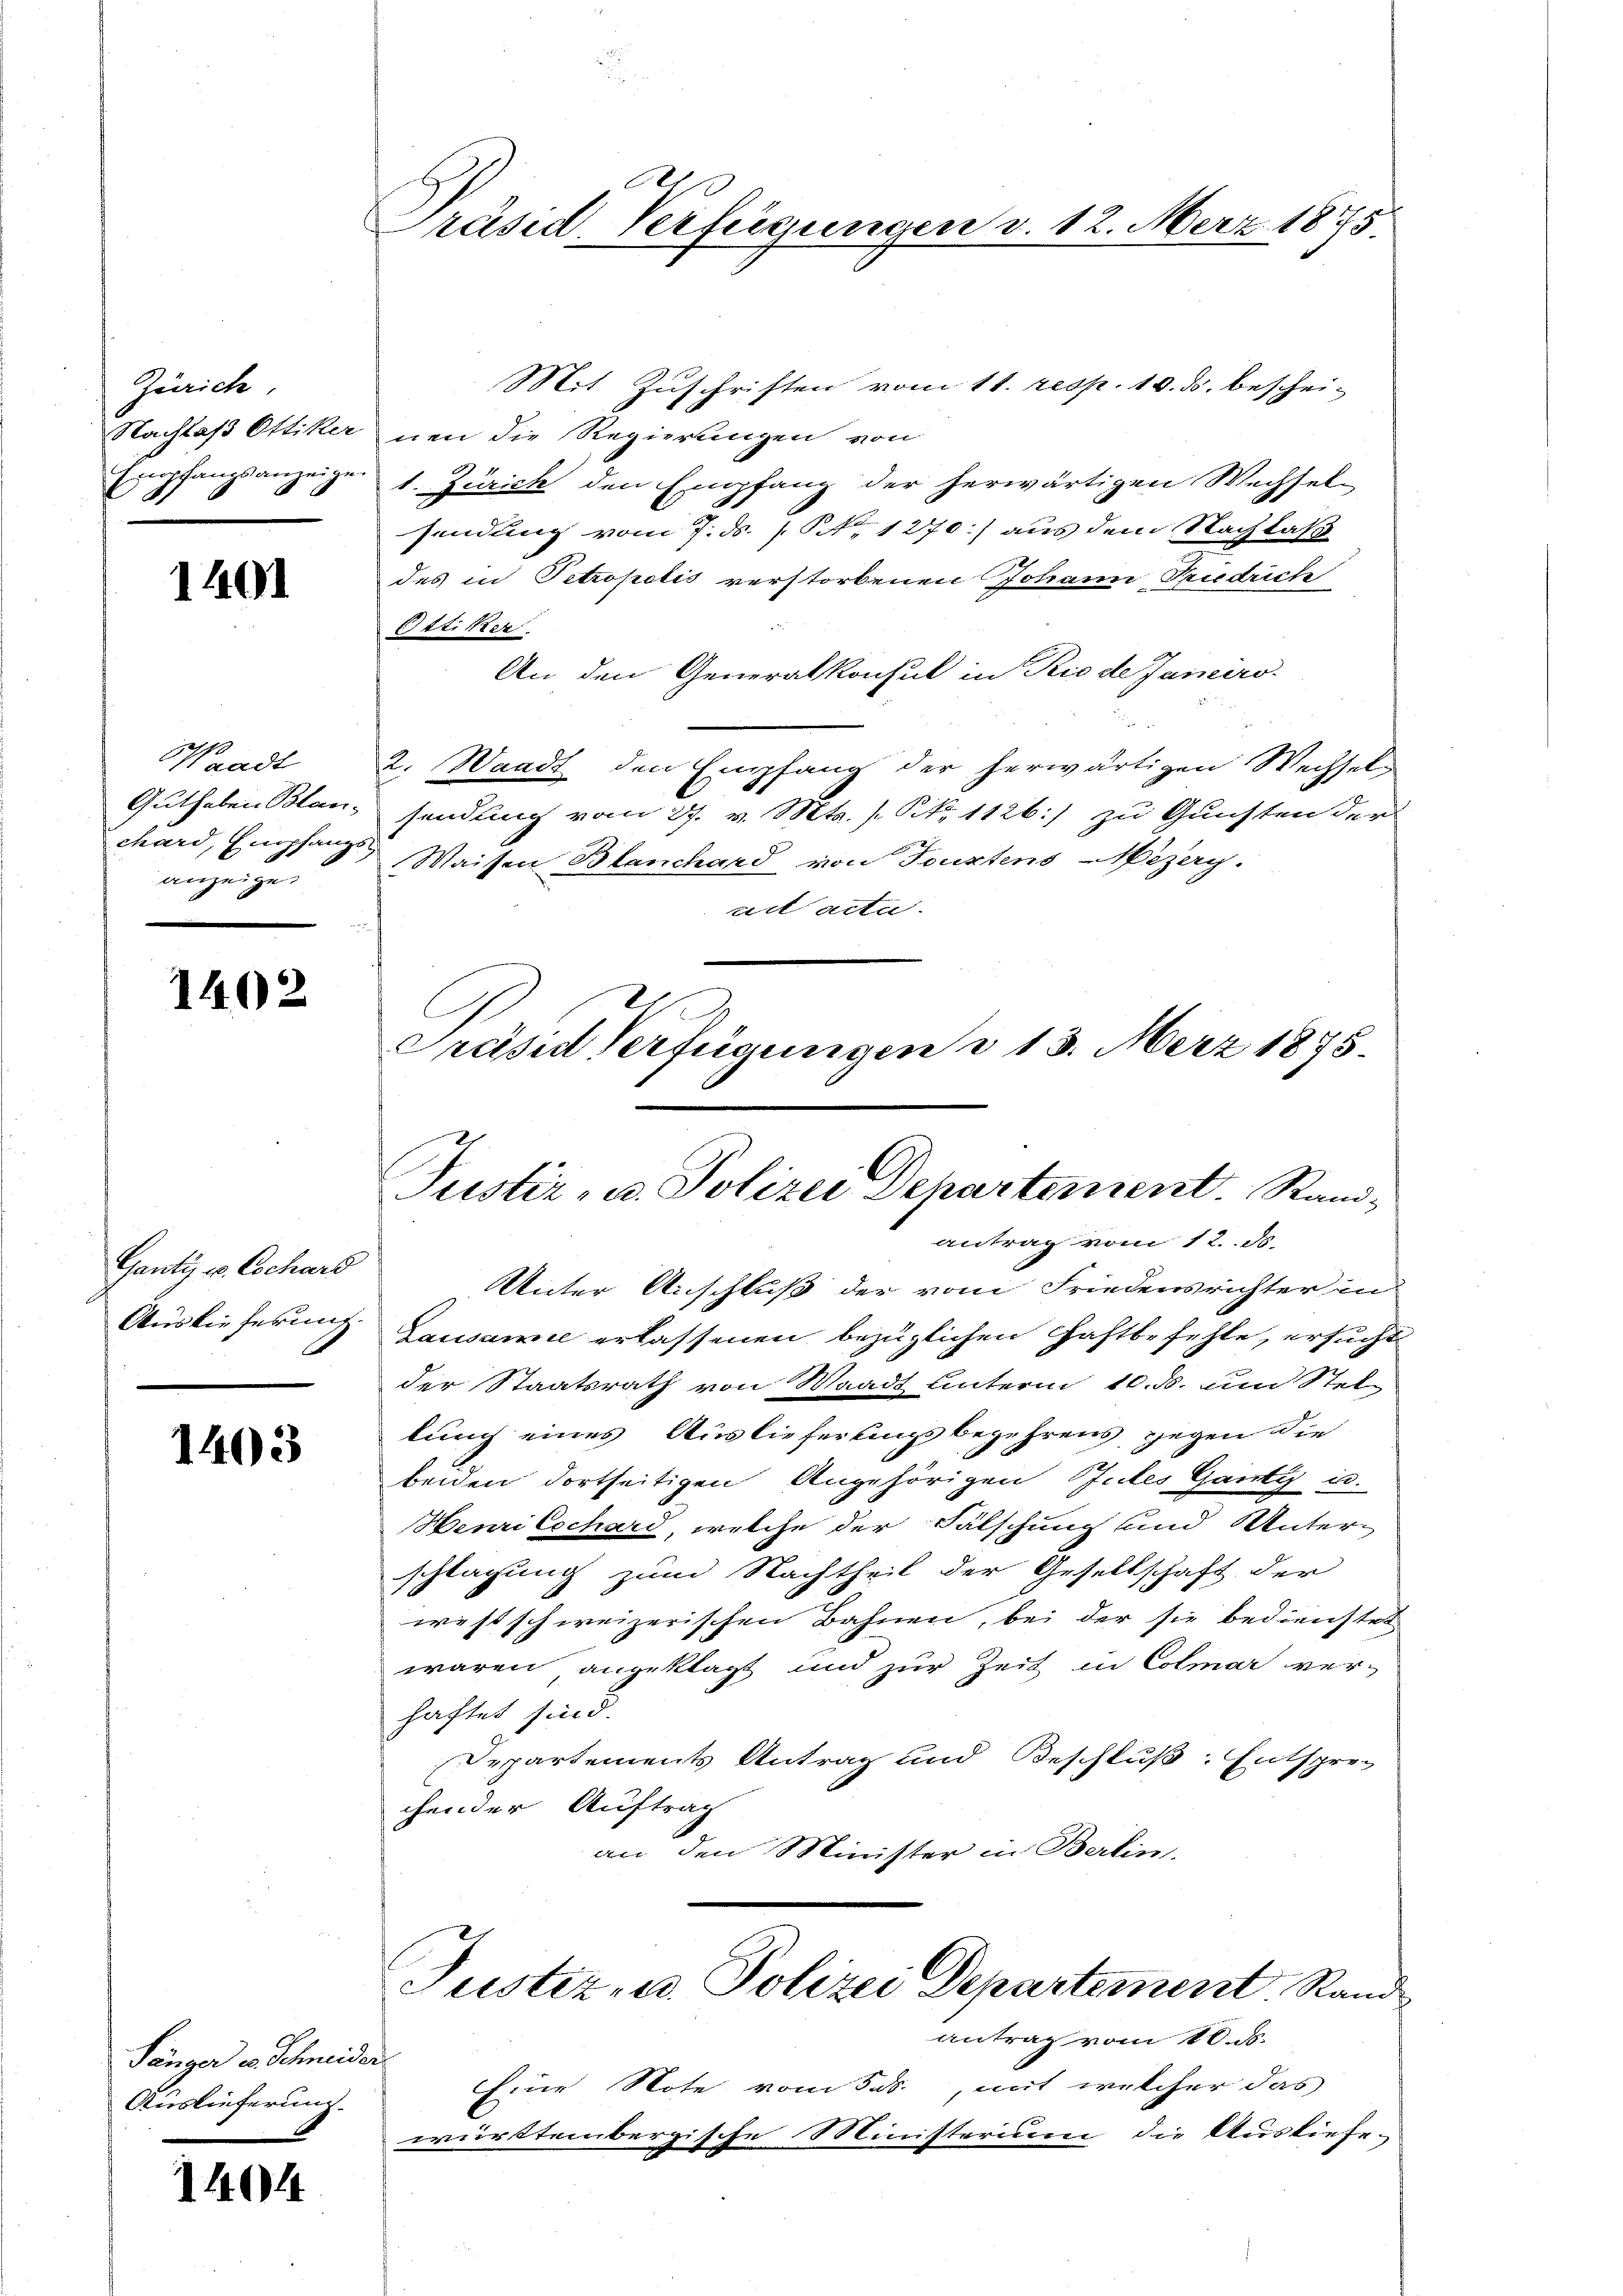
Zürich
Nachlaß Ottiker
Empfangsanzeige

1401

Waadt
Guthaben Blanchard, Empfang.
anzeige.

1402

Gantz v. Eschard
Auslieferung.

1403

Sänger v. Schneider
Auslieferung.

1404

Präsid. Verfügungen v. 12. März 1875

Mit Zuschriften vom 11. resp. 10. ds. bescheinen die Regierungen von
t. Zürich den Empfang der herwärtigen Wechsel-
sendung vom 7. ds. S. 1270) aus dem Nachlas
des in Petropolis verstorbenen Johann Friedrich
Ottiker
An den Generalkonsul in Rio de Janeiro-
2. Waadt den Empfang der herwärtigen Wechsel
sendung vom 27. v. Mts. (N. 1126.) zu Gunsten der
 Waisen Blanchard von Touxtens Mezey.
ad acta.
antrag vom 12. ds.
Unter Anschluß der vom Friedensrichter in
Lausanne erlassenen bezüglichen Haftbefehle, ersucht
der Staatsrath von Waadt unterm 10. ds. um Stel-
lung eines Auslieferlingsbegehrens gegen die
beiden dortseitigen Angehörigen Gutes Ganty un
Henrieschard, welche der Fälschung und Unterschlagung zum Nachtheil der Gesellschaft der
westschweizerischen Bahnen, bei der sie bedienstet
waren angeklagt und zur Zeit in Colmar ver-
haftet sind.
Departements Antrag und Beschluß: Entsprechen der Auftrag
an den Minister in Berlin.
Justiz- u. Polizei Departement Rand
antrag vom 10. ds.
Eine Note vom 5. ds., mit welcher das
württembergische Ministerium die Ausliefea

n
2
G
Präsid Verfügungen d. 13. März 1875.
Justiz- u. Polizei Departement. Stand¬